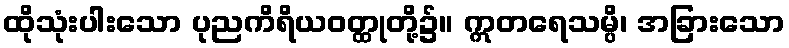
ထိုသုံးပါးသော ပုညကိရိယဝတ္ထုတို့၌။ ဣတရေသမ္ပိ၊ အခြားသော